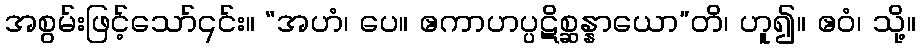
အစွမ်းဖြင့်သော်၎င်း။ “အဟံ၊ ပေ။ ဧကာဟပ္ပဋိစ္ဆန္နာယော”တိ၊ ဟူ၍။ ဧဝံ၊ သို့။